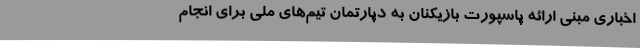
اخباری مبنی ارائه پاسپورت بازیکنان به دپارتمان تیم‌های ملی برای انجام